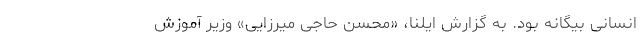
انسانی بیگانه بود. به گزارش ایلنا، «محسن حاجی میرزایی» وزیر آموزش